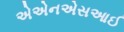
એએનએસઆઈ